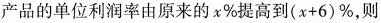
产品的单位利润率由原来的x\%提高到(x+6)\%，则